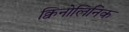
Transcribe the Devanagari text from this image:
क्विनोलिनिक